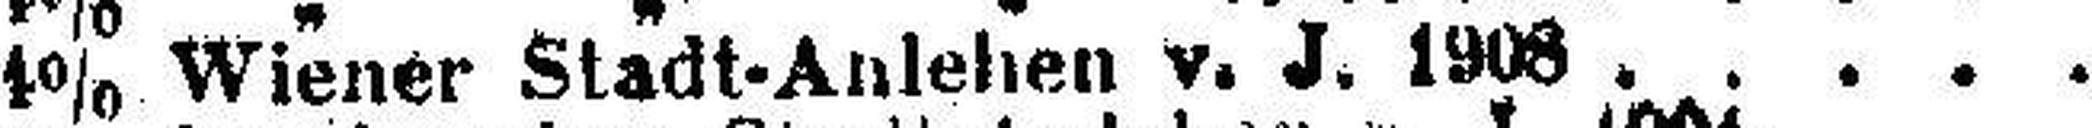
4% Wiener Stadt-Anlehen v. J. 1908